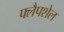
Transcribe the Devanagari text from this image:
फ्लैपशेल